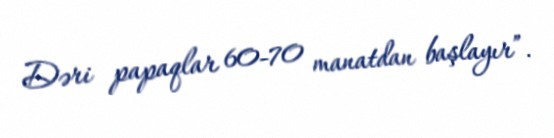
Dəri papaqlar 60-70 manatdan başlayır”.